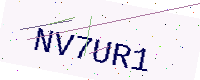
Text: NV7UR1